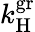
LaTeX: k_{\mathrm{H}}^{\mathrm{gr}}